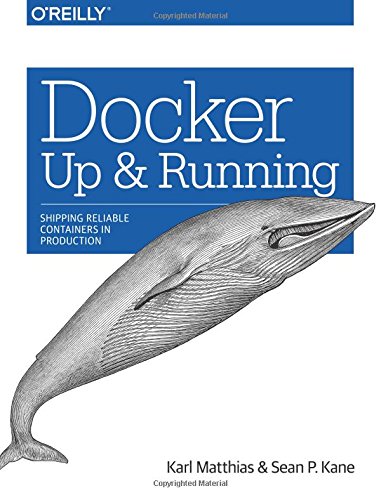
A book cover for Docker: Up & Running; Karl Matthias; Computers & Technology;